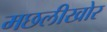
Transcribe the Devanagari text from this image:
मछलीखोर